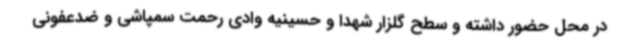
در محل حضور داشته و سطح گلزار شهدا و حسینیه وادی رحمت سمپاشی و ضدعفونی